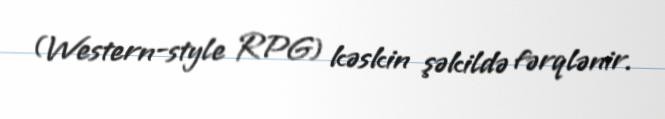
(Western-style RPG) kəskin şəkildə fərqlənir.